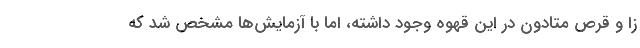
زا و قرص متادون در این قهوه وجود داشته، اما با آزمایش‌ها مشخص شد که